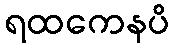
ရထကေနပိ